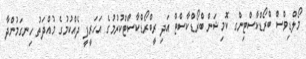
މޯލްޑިވްސް ބްރޯޑްކާސްޓިންގ ކޮމިޝަން ބްރޯޑްކާސްޓް އަދި ރީބްރޯޑްކާސްޓްކުރުމުގެ އަހަރީފީ ދެއްކުމުގެ މުއްދަތު ހިނގަމުންދާ